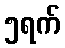
၅ရက်